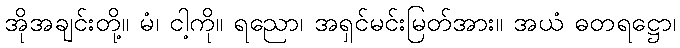
အိုအချင်းတို့။ မံ၊ ငါ့ကို။ ရညော၊ အရှင်မင်းမြတ်အား။ အယံ ဓတရဋ္ဌော၊